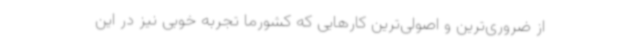
از ضروری‌ترین و اصولی‌ترین کارهایی که کشورما تجربه خوبی نیز در این